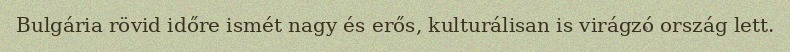
Bulgária rövid időre ismét nagy és erős, kulturálisan is virágzó ország lett.